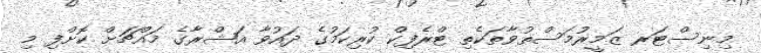
މިނިސްޓަރ ޒަމީރުމަސްތުވާތަކެތި ޓްރެފިކް ކުރިކަމުގެ ދައުވާ އަޝްރާގެ މައްޗަށް ކޮށްފި މި